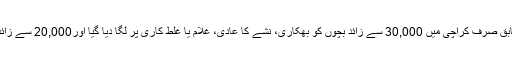
2009 میںیو این کی رپورٹ کیمطابق صرف کراچی میں 30,000 سے زائد بچوں کو بھکاری، نشے کا عادی، غلام یا غلط کاری پر لگا دیا گیا اور20,000 سے زائد لوگ فرقہ پرستی میں مارے گئے۔